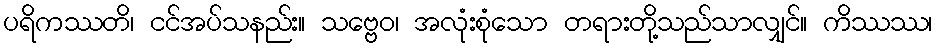
ပရိကဿတိ၊ ငင်အပ်သနည်း။ သဗ္ဗေဝ၊ အလုံးစုံသော တရားတို့သည်သာလျှင်။ ကိဿဿ၊